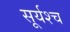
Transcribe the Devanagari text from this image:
सूर्यश्च